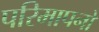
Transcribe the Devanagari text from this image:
परिमापनों